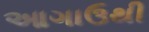
આગાઉથી